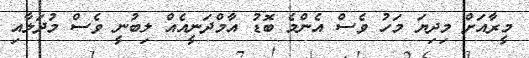
މީރާއަށް މިދިޔަ މަހު ވެސް އެންމެ ބޮޑު އާމްދަނީއެއް ލިބުނީ ވެސް މުދަލާއި